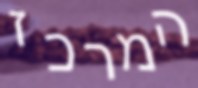
המרכז